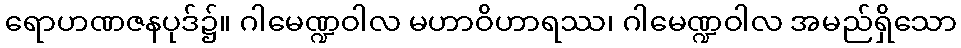
ရောဟဏဇနပုဒ်၌။ ဂါမေဏ္ဍဝါလ မဟာဝိဟာရဿ၊ ဂါမေဏ္ဍဝါလ အမည်ရှိသော